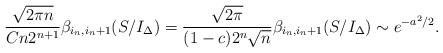
LaTeX: \begin{align*}\frac{\sqrt{2\pi n}}{Cn2^{n+1}}\beta_{i_n,i_n+1}(S/I_\Delta)=\frac{\sqrt{2\pi}}{(1-c)2^n\sqrt{n}}\beta_{i_n,i_n+1}(S/I_\Delta)\sim e^{-a^2/2}.\end{align*}